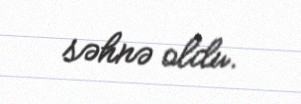
səhnə oldu.